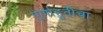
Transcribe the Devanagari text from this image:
पूर्णाहुतीचा